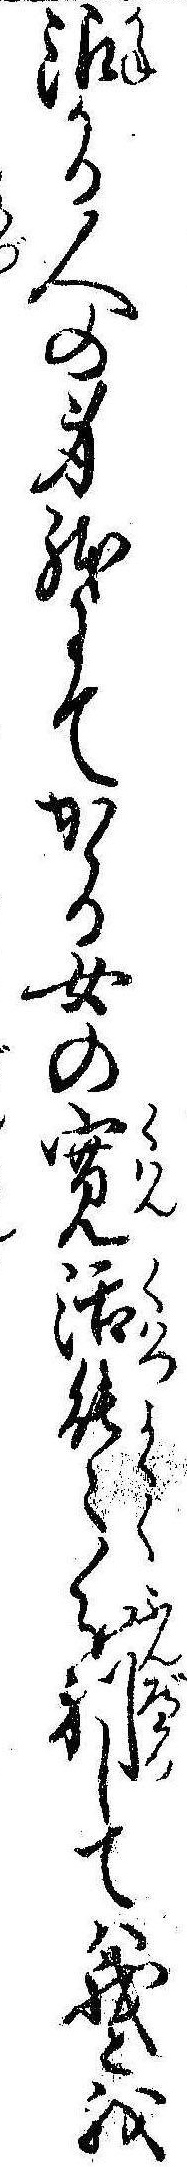
銀かる人の身体にてかゝる女の寛活能ゝ分別しては我と我